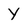
Character: Y